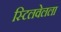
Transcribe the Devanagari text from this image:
स्टिलवेलला